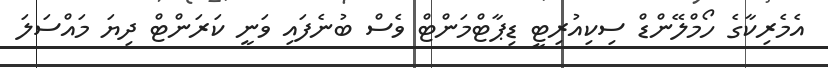
އެެމެރިކާގެ ހޯމްލޭންޑް ސިކިއުރިޓީ ޑިޕާޓްމަންޓް ވެސް ބުނެފައި ވަނީ ކަރަންޓް ދިޔަ މައްސަލަ